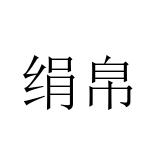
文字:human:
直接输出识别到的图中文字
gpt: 绢帛